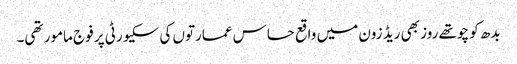
بدھ کو چوتھے روز بھی ریڈ زون میں واقع حساس عمارتوں کی سکیورٹی پر فوج مامور تھی۔